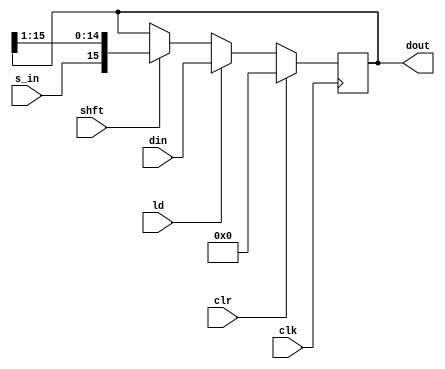
module shiftreg (dout, din, s_in, clk, ld, clr, shft);

input s_in, clr, ld, shft, clk;
input [15:0]din;
output reg [15:0]dout;

always@ (posedge clk) 
begin

    if (clr)
        dout <= 0;

    else if(ld)
        dout <= din;
    
    else if (shft)
        dout <= {s_in,dout[15:1]};

    
end

endmodule